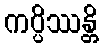
ကပ္ပိဿန္တိ